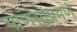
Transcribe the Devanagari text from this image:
माणसांप्रमणे